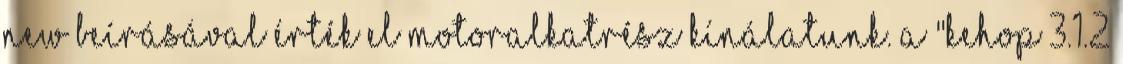
NEW beírásával érték el motoralkatrész kínálatunk. A "KEHOP 3.1.2